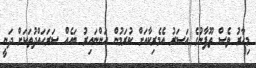
މިހާރު ވެސް ތޫފާނުގެ އަސަރު އެމެރިކާއަށް ކުރަމުން އަންނައިރު ބައެއް ސަރަހައްދުތަކަށް ދަނީ